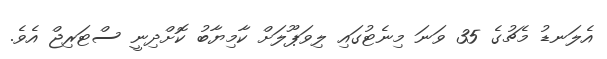
އެލަނޑު މެޗުގެ 35 ވަނަ މިނެޓުގައި ލިވަޕޫލަށް ކާމިޔާބު ކޮށްދިނީ ސްޓަރިޖް އެވެ.